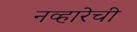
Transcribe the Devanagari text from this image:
नव्हारेची